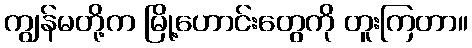
ကျွန်မတို့က မြို့ဟောင်းတွေကို တူးကြတာ။